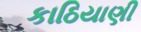
કાઠિયાણી